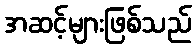
အဆင့်များဖြစ်သည်